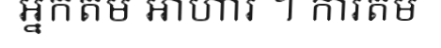
អ្នកតម អាហារ ។ ការតម